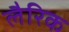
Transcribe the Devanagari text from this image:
लैरिक